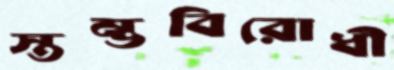
স্তম্ভবিরোধী